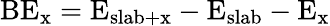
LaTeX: \mathrm{BE_{x}=E_{slab+x}-E_{slab}-E_{x}}